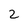
Character: 2